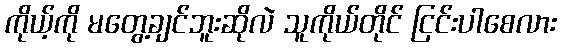
ကိုယ့်ကို မတွေ့ချင်ဘူးဆိုလဲ သူကိုယ်တိုင် ငြင်းပါစေလား